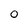
Character: O